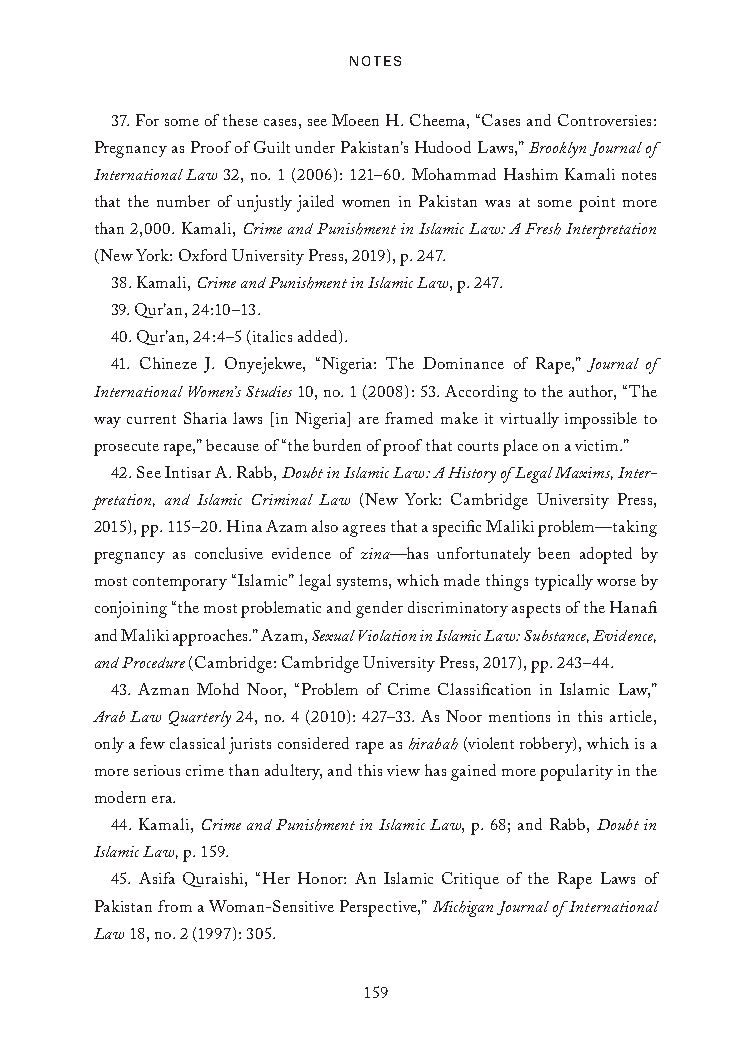
Notes
 37. For some of these cases, see Moeen H. Cheema, “Cases and Controversies:
 Pregnancy as Proof of Guilt under Pakistan’s Hudood Laws,” Brooklyn Journal of
 International Law 32, no. 1 (2006): 121–60. Mohammad Hashim Kamali notes
 that the number of unjustly jailed women in Pakistan was at some point more
 than 2,000. Kamali, Crime and Punishment in Islamic Law: A Fresh Interpretation
 (New York: Oxford University Press, 2019), p. 247.
 38. Kamali, Crime and Punishment in Islamic Law, p. 247.
 39. Qur’an, 24:10–13.
 40. Qur’an, 24:4–5 (italics added).
 41. Chineze J. Onyejekwe, “Nigeria: The Dominance of Rape,” Journal of
 International Women’s Studies 10, no. 1 (2008): 53. According to the author, “The
 way current Sharia laws [in Nigeria] are framed make it virtually impossible to
 prosecute rape,” because of “the burden of proof that courts place on a victim.”
 42. See Intisar A. Rabb, Doubt in Islamic Law: A History of Legal Maxims, Inter-
 pretation, and Islamic Criminal Law (New York: Cambridge University Press,
 2015), pp. 115–20. Hina Azam also agrees that a specific Maliki problem—taking
 pregnancy as conclusive evidence of zina—has unfortunately been adopted by
 most contemporary “Islamic” legal systems, which made things typically worse by
 conjoining “the most problematic and gender discriminatory aspects of the Hanafi
 and Maliki approaches.” Azam, Sexual Violation in Islamic Law: Substance, Evidence,
 and Procedure (Cambridge: Cambridge University Press, 2017), pp. 243–44.
 43. Azman Mohd Noor, “Problem of Crime Classification in Islamic Law,”
 Arab Law Quarterly 24, no. 4 (2010): 427–33. As Noor mentions in this article,
 only a few classical jurists considered rape as hirabah (violent robbery), which is a
 more serious crime than adultery, and this view has gained more popularity in the
 modern era.
 44. Kamali, Crime and Punishment in Islamic Law, p. 68; and Rabb, Doubt in
 Islamic Law, p. 159.
 45. Asifa Quraishi, “Her Honor: An Islamic Critique of the Rape Laws of
 Pakistan from a Woman-Sensitive Perspective,” Michigan Journal of International
 Law 18, no. 2 (1997): 305.
 159
 25320_Ch12_Notes.indd 159              24/06/2021 10:34 AM